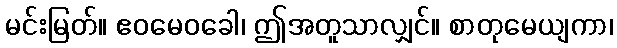
မင်းမြတ်။ ဧဝမေဝခေါ၊ ဤအတူသာလျှင်။ စာတုမေယျကာ၊